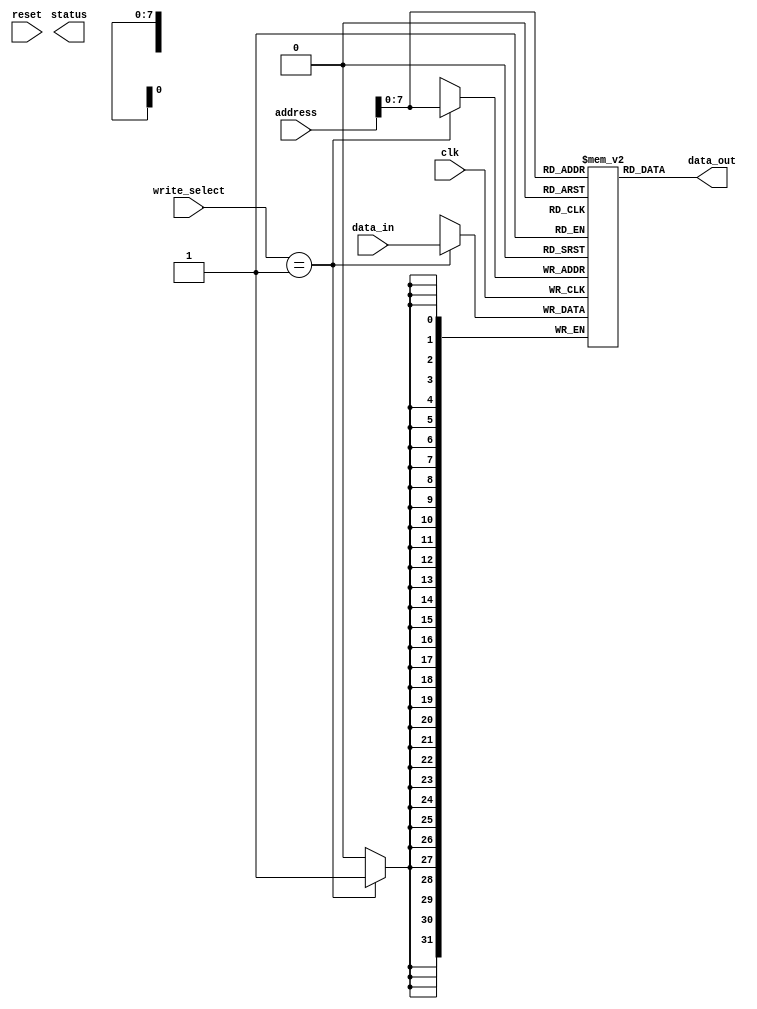
module io_interface (
  input clk,
  input reset,
  input [31:0] address,
  input [31:0] data_in,
  input [1:0] write_select, // 0: read, 1: write, 2: none
  output [31:0] data_out,
  output [7:0] status
);

reg [31:0] data_mem [255:0]; // data memory
reg [7:0] status_reg;

always @(posedge clk) begin
  if (write_select == 1) // write to memory
    data_mem[address] <= data_in;
end

assign data_out = data_mem[address];
assign status = status_reg;

endmodule